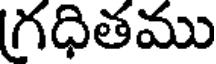
గధితము